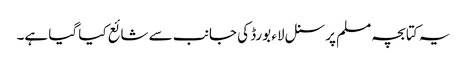
یہ کتابچہ مسلم پرسنل لاء بورڈ کی جانب سے شائع کیا گیا ہے۔